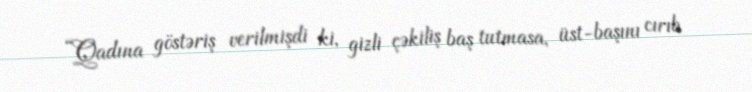
“Qadına göstəriş verilmişdi ki, gizli çəkiliş baş tutmasa, üst-başını cırıb